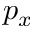
p _ { x }